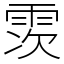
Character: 䨏